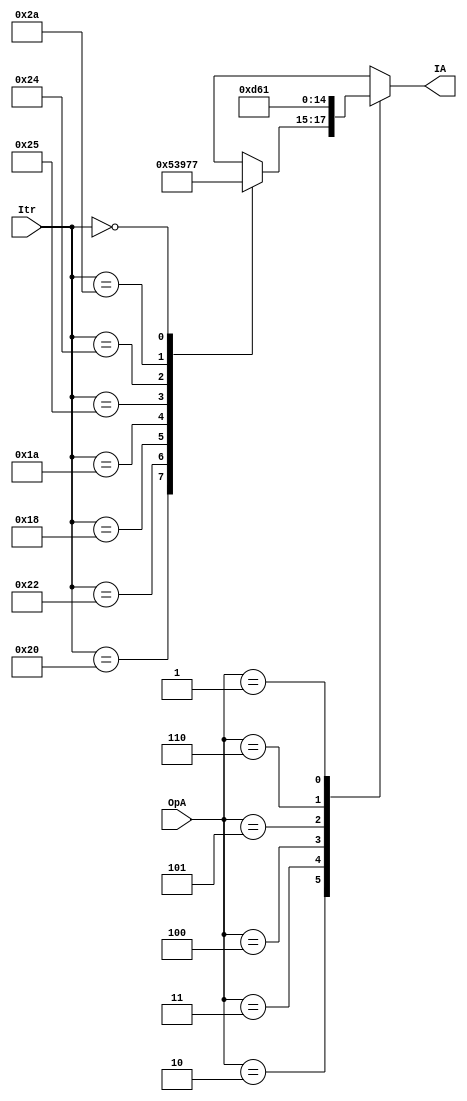
`timescale 1ns/1ns

//1- Module y Puertos 1/0
module ALUC (
		
		//Entradas
		input [5:0]Itr,
		input [2:0]OpA,
		
		//Salidas
		output reg [2:0]IA
);

//2- Delcaracion de seales --> NA(No aplica)

//3- Cuerpo del modulo

//Bloque Always
always @*

	begin //Inicio_A	

		case (OpA)
			
			3'b010:

			begin

				case (Itr)
								
								
					6'b100000: /*  ADD  */

						IA = 3'b000;

					6'b100010: /*  SUB  */
											
						IA = 3'b001;

					6'b011000: /*  MULT */

						IA = 3'b010;

					6'b011010: /*  DIV  */

						IA = 3'b011;

					6'b100101: /*  OR   */
											
						IA = 3'b100;

					6'b100100: /*  AND  */
											
						IA = 3'b101;

					6'b101010: /*  STL  */

						IA = 3'b110;

					6'b000000: /* NOP/SLL */
											
						IA = 3'b111;
						
						default:

						IA = 3'dx;
						
						endcase	
			end 


			3'b011: //ADDI Funciona    SW | LW 
				IA = 3'b000;
				
			3'b100: // SLTI Funciona
				IA = 3'b110;
				
			3'b101: // ANDI	Funciona
				IA = 3'b101;
				
			3'b110: // ORI
				IA = 3'b100;
				/*
			3'b111: // SW
				IA = 3'b000;
			
			3'b: // LW 
			
				IA = 3'b000;
						*/
			3'b001: // BEQ	
				IA = 3'b001;
					
			default:
		
				IA = 3'dx;

		endcase

	end

endmodule